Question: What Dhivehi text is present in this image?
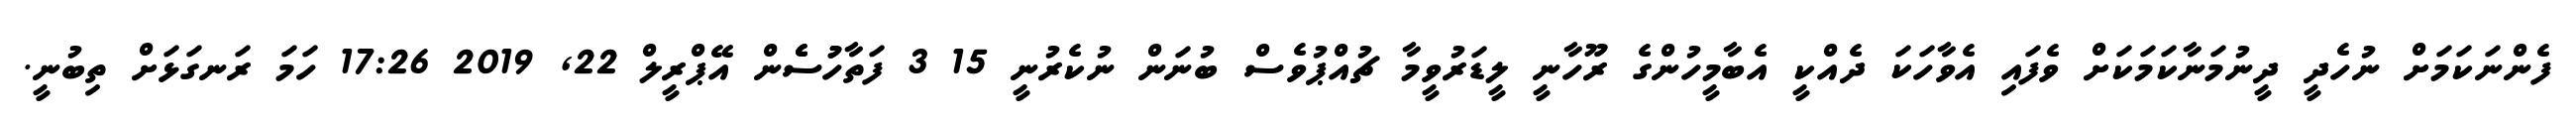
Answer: ފެންނަކަމަށް ނުހެދީ ދީނުމަނާކަމަކަށް ވެފައި އެވާހަކަ ދެއްކީ އެބާމީހުންގެ ރޫހާނީ ލީޑަރުވީމާ ޗުއްޕުވެސް ބުނަން ނުކެރުނީ 15 3 ފަތާހުުސެެން އޭޕްރީލް 22, 2019 17:26 ހަމަ ރަނގަޅަށް ތިބުނީ.